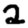
Digit: 2